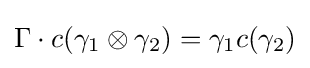
\Gamma \cdot c(\gamma _{1}\otimes \gamma _{2})=\gamma _{1}c(\gamma _{2})